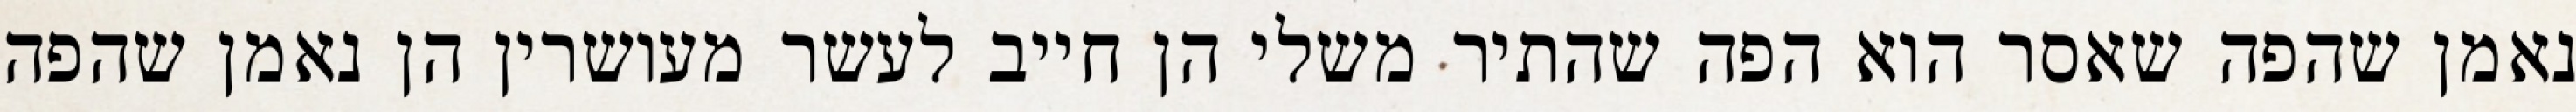
נאמן שהפה שאסר הוא הפה שהתיר משלי הן חייב לעשר מעושרין הן נאמן שהפה